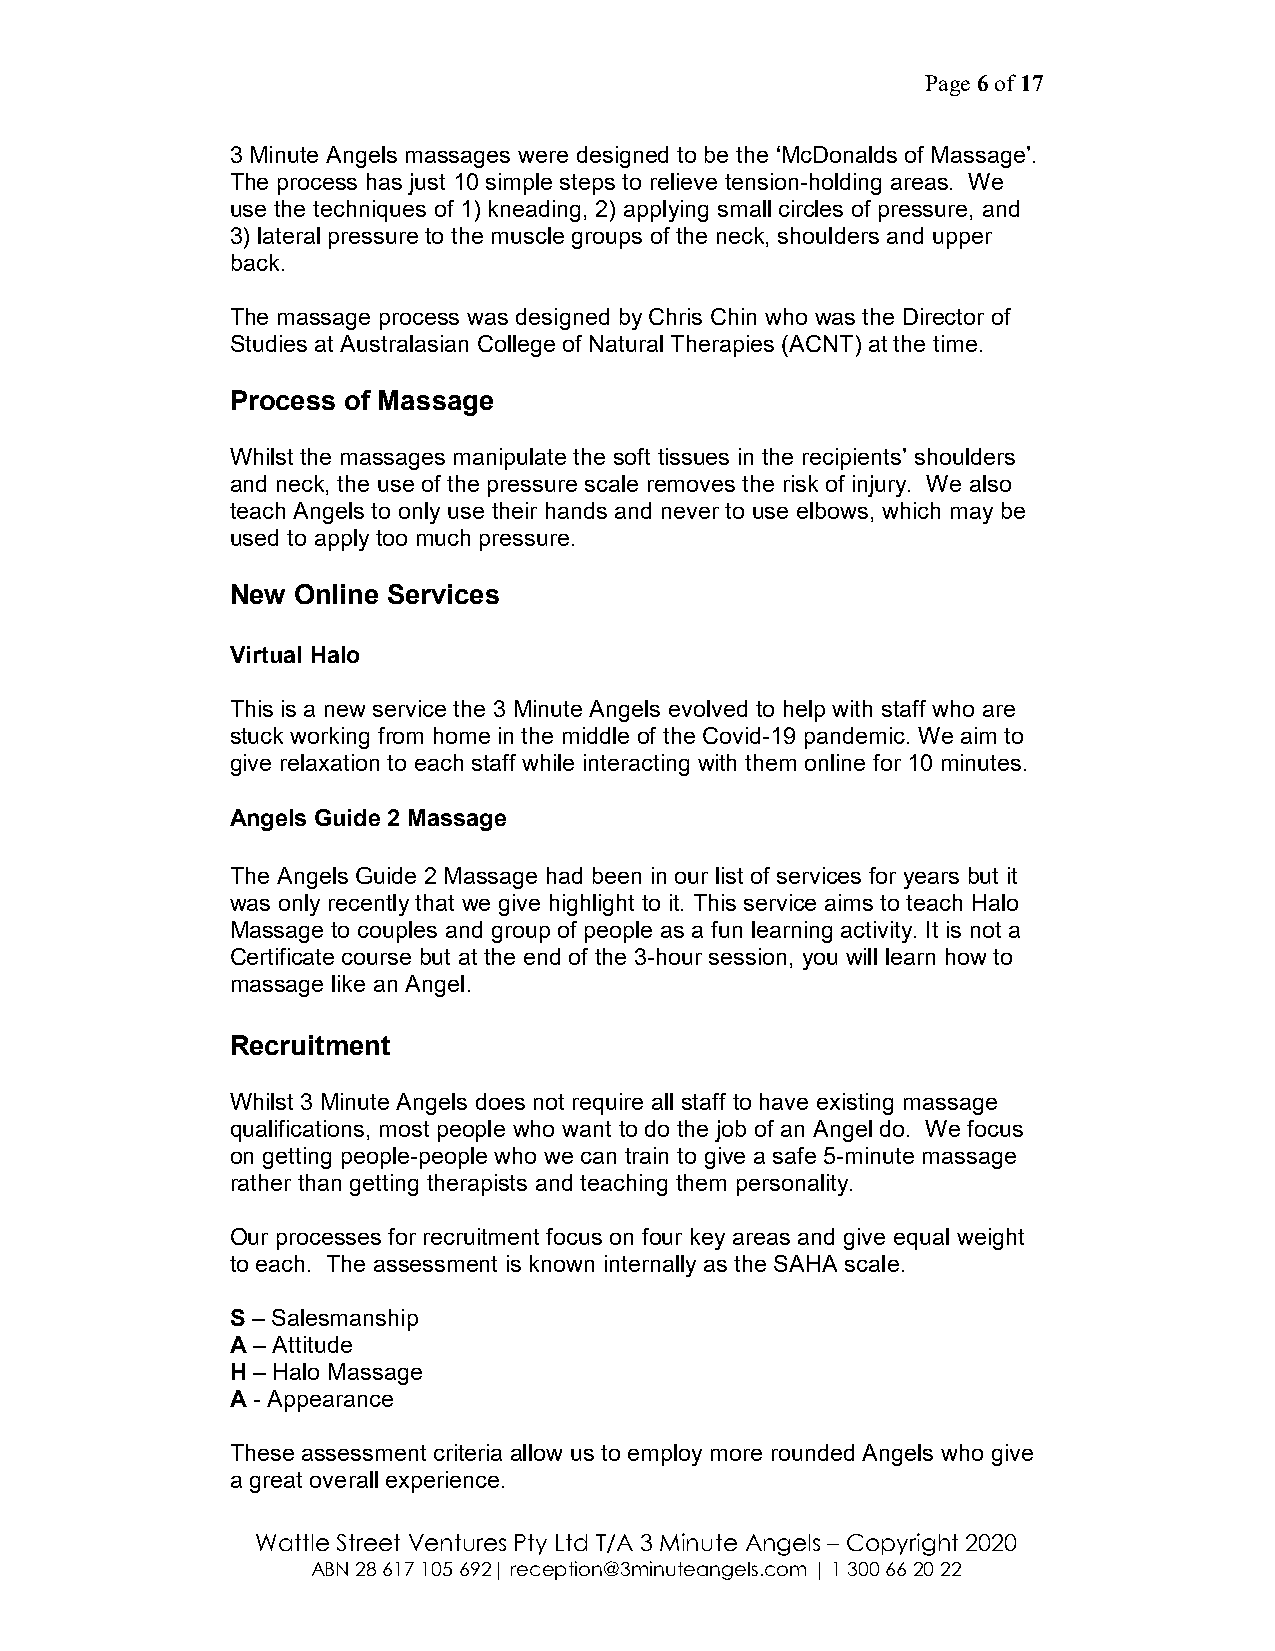
Page 6 of 17
 3 Minute Angels massages were designed to be the ‘McDonalds of Massage’.
 The process has just 10 simple steps to relieve tension-holding areas. We
 use the techniques of 1) kneading, 2) applying small circles of pressure, and
 3) lateral pressure to the muscle groups of the neck, shoulders and upper
 back.
 The massage process was designed by Chris Chin who was the Director of
 Studies at Australasian College of Natural Therapies (ACNT) at the time.
 Process of Massage
 Whilst the massages manipulate the soft tissues in the recipients’ shoulders
 and neck, the use of the pressure scale removes the risk of injury. We also
 teach Angels to only use their hands and never to use elbows, which may be
 used to apply too much pressure.
 New Online Services
 Virtual Halo
 This is a new service the 3 Minute Angels evolved to help with staff who are
 stuck working from home in the middle of the Covid-19 pandemic. We aim to
 give relaxation to each staff while interacting with them online for 10 minutes.
 Angels Guide 2 Massage
 The Angels Guide 2 Massage had been in our list of services for years but it
 was only recently that we give highlight to it. This service aims to teach Halo
 Massage to couples and group of people as a fun learning activity. It is not a
 Certificate course but at the end of the 3-hour session, you will learn how to
 massage like an Angel.
 Recruitment
 Whilst 3 Minute Angels does not require all staff to have existing massage
 qualifications, most people who want to do the job of an Angel do. We focus
 on getting people-people who we can train to give a safe 5-minute massage
 rather than getting therapists and teaching them personality.
 Our processes for recruitment focus on four key areas and give equal weight
 to each. The assessment is known internally as the SAHA scale.
 S – Salesmanship
 A – Attitude
 H – Halo Massage
 A - Appearance
 These assessment criteria allow us to employ more rounded Angels who give
 a great overall experience.
 Wattle Street Ventures Pty Ltd T/A 3 Minute Angels – Copyright 2020
 ABN 28 617 105 692| reception@3minuteangels.com | 1 300 66 20 22